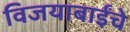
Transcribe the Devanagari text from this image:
विजयाबाईंचे